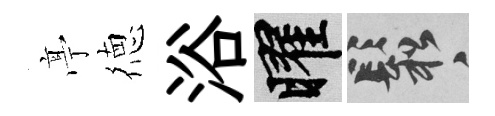
𠅘徳浴曜鬆